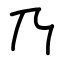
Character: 乃